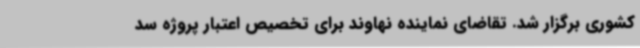
کشوری برگزار شد. تقاضای نماینده نهاوند برای تخصیص اعتبار پروژه سد